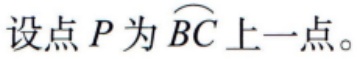
设点 \(P\) 为 \(\overset{\frown}{BC}\) 上一点。